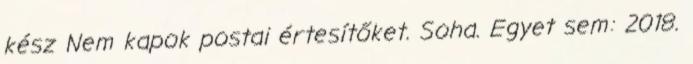
kész Nem kapok postai értesítőket. Soha. Egyet sem: 2018.